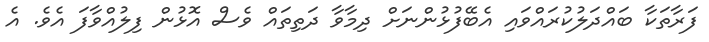
ފަރާތަކާ ބައްދަލުކުރައްވައި އެބޭފުޅުންނަށް ދިމާވާ ދަތިތައް ވެސް އޮޅުން ފިލުއްވާފަ އެވެ. އެ